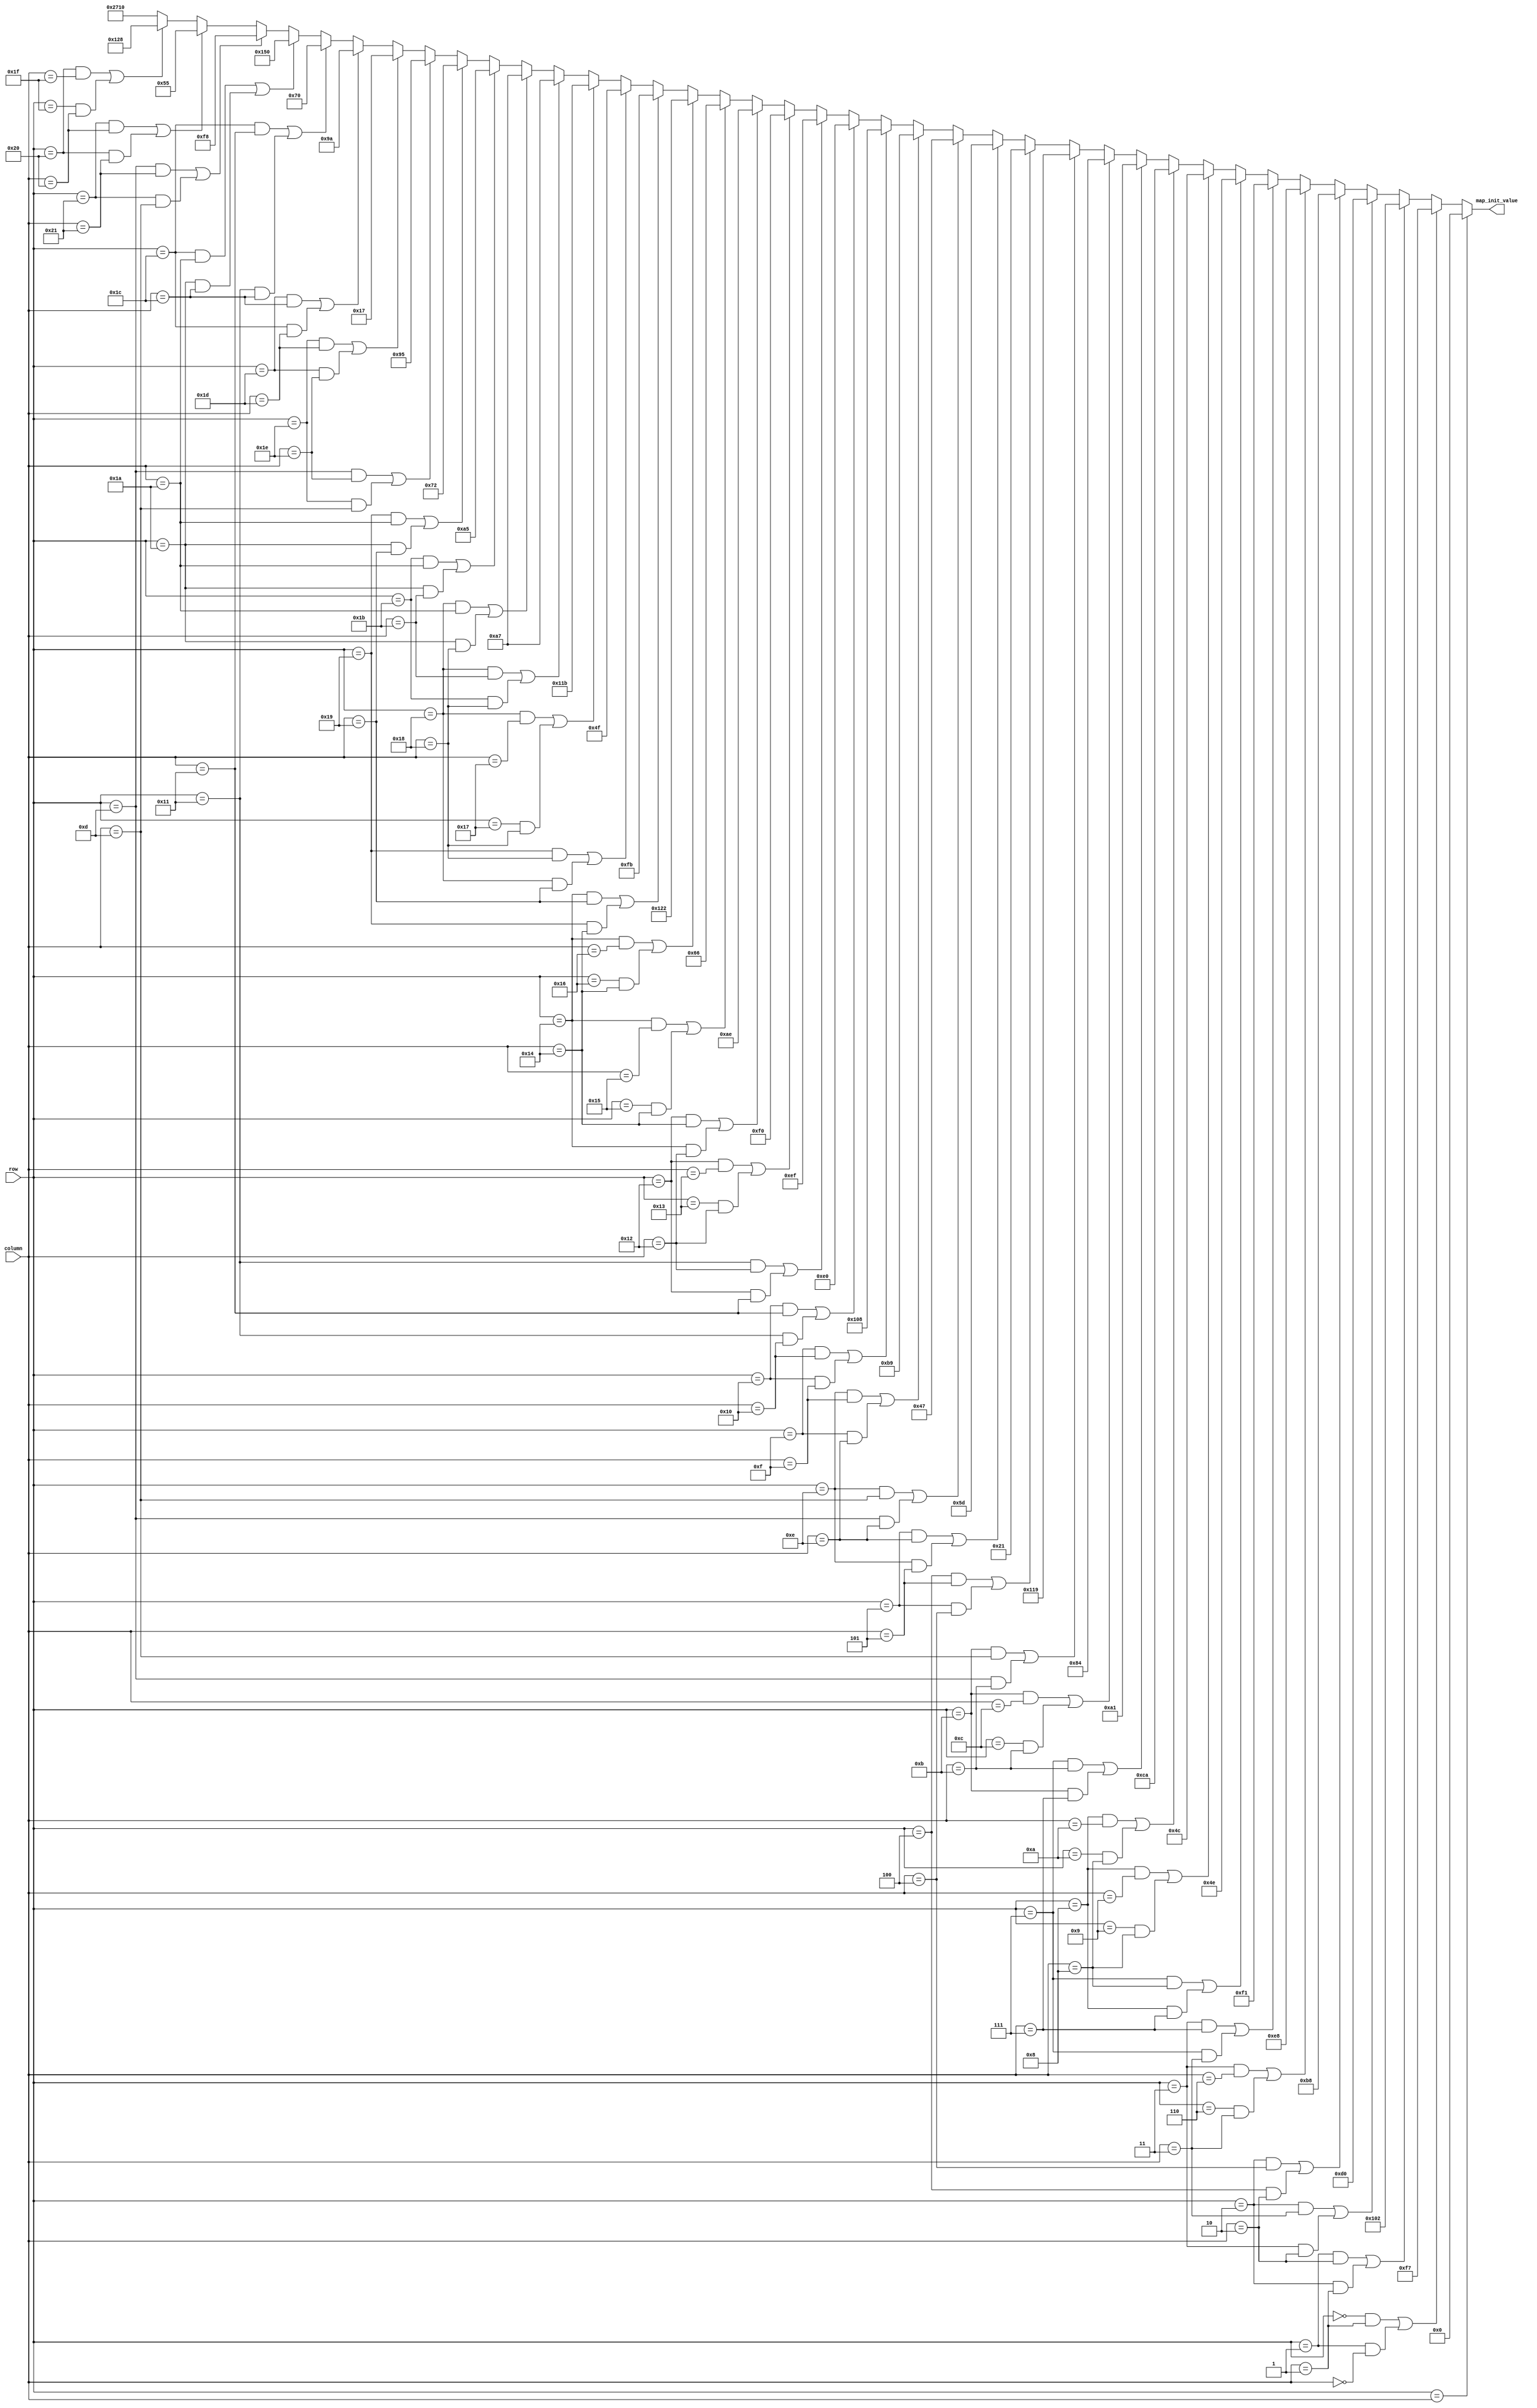
`timescale 1ns / 1ps
//////////////////////////////////////////////////////////////////////////////////
// Company: 
// Engineer: 
// 
// Design Name: 
// Module Name:    map_init 
// Project Name: 
// Target Devices: 
// Tool versions: 
// Description: 
//
// Dependencies: 
//
// Revision: 
// Revision 0.01 - File Created
// Additional Comments: 
//
//////////////////////////////////////////////////////////////////////////////////
module map_initialization ( row, column, map_init_value );

  input  [8:0]  row;
  input  [31:0] column;
  
  output [13:0]  map_init_value;
  reg    [13:0]  map_init_value;
  
always@(*) begin
if(row == column) map_init_value = 0;    
else if ( (row == 0   && column == 1  ) || (row == 1   && column == 0  ) ) map_init_value = 247 ;
else if ( (row == 1   && column == 2  ) || (row == 2   && column == 1  ) ) map_init_value = 258 ;
else if ( (row == 2   && column == 3  ) || (row == 3   && column == 2  ) ) map_init_value = 208 ;
else if ( (row == 2   && column == 4  ) || (row == 4   && column == 2  ) ) map_init_value = 184 ;
else if ( (row == 3   && column == 6  ) || (row == 6   && column == 3  ) ) map_init_value = 232 ;
else if ( (row == 3   && column == 7  ) || (row == 7   && column == 3  ) ) map_init_value = 241 ;
else if ( (row == 7   && column == 8  ) || (row == 8   && column == 7  ) ) map_init_value = 78  ;
else if ( (row == 8   && column == 9  ) || (row == 9   && column == 8  ) ) map_init_value = 76  ;
else if ( (row == 8   && column == 10 ) || (row == 10  && column == 8  ) ) map_init_value = 202 ;
else if ( (row == 7   && column == 11 ) || (row == 11  && column == 7  ) ) map_init_value = 161 ;
else if ( (row == 11  && column == 12 ) || (row == 12  && column == 11 ) ) map_init_value = 132 ;
else if ( (row == 11  && column == 13 ) || (row == 13  && column == 11 ) ) map_init_value = 281 ;
else if ( (row == 4   && column == 5  ) || (row == 5   && column == 4  ) ) map_init_value = 33  ;
else if ( (row == 5   && column == 14 ) || (row == 14  && column == 5  ) ) map_init_value = 93  ;
else if ( (row == 14  && column == 13 ) || (row == 13  && column == 14 ) ) map_init_value = 71  ;
else if ( (row == 14  && column == 15 ) || (row == 15  && column == 14 ) ) map_init_value = 185 ;
else if ( (row == 15  && column == 16 ) || (row == 16  && column == 15 ) ) map_init_value = 264 ;
else if ( (row == 16  && column == 17 ) || (row == 17  && column == 16 ) ) map_init_value = 224 ;
else if ( (row == 17  && column == 18 ) || (row == 18  && column == 17 ) ) map_init_value = 239 ;
else if ( (row == 18  && column == 19 ) || (row == 19  && column == 18 ) ) map_init_value = 240 ;
else if ( (row == 18  && column == 20 ) || (row == 20  && column == 18 ) ) map_init_value = 174 ;
else if ( (row == 20  && column == 21 ) || (row == 21  && column == 20 ) ) map_init_value = 102 ;
else if ( (row == 20  && column == 22 ) || (row == 22  && column == 20 ) ) map_init_value = 290 ;
else if ( (row == 20  && column == 25 ) || (row == 25  && column == 20 ) ) map_init_value = 251 ;
else if ( (row == 25  && column == 24 ) || (row == 24  && column == 25 ) ) map_init_value = 79  ;
else if ( (row == 24  && column == 23 ) || (row == 23  && column == 24 ) ) map_init_value = 283 ;
else if ( (row == 24  && column == 27 ) || (row == 27  && column == 24 ) ) map_init_value = 167 ;
else if ( (row == 24  && column == 26 ) || (row == 26  && column == 24 ) ) map_init_value = 167 ;
else if ( (row == 27  && column == 26 ) || (row == 26  && column == 27 ) ) map_init_value = 165 ;
else if ( (row == 25  && column == 26 ) || (row == 26  && column == 25 ) ) map_init_value = 114 ;
else if ( (row == 13  && column == 30 ) || (row == 30  && column == 13 ) ) map_init_value = 149 ;
else if ( (row == 30  && column == 29 ) || (row == 29  && column == 30 ) ) map_init_value = 23  ;
else if ( (row == 29  && column == 28 ) || (row == 28  && column == 29 ) ) map_init_value = 154 ;
else if ( (row == 28  && column == 17 ) || (row == 17  && column == 28 ) ) map_init_value = 112 ;
else if ( (row == 28  && column == 26 ) || (row == 26  && column == 28 ) ) map_init_value = 336 ;
else if ( (row == 13  && column == 33 ) || (row == 33  && column == 13 ) ) map_init_value = 248 ;
else if ( (row == 33  && column == 32 ) || (row == 32  && column == 33 ) ) map_init_value = 85  ;
else if ( (row == 32  && column == 31 ) || (row == 31  && column == 32 ) ) map_init_value = 296 ;
else map_init_value = 10000;

end

endmodule